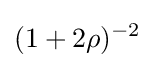
(1+2\rho )^{-2}